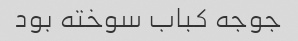
جوجه کباب سوخته بود